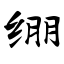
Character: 绷